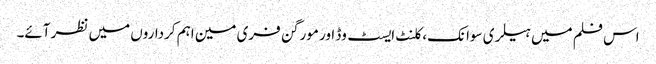
اس فلم میں ہیلری سوانک، کلنٹ ایسٹ وڈ اور مورگن فری مین اہم کرداروں میں نظر آئے۔